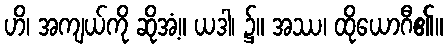
ဟိ၊ အကျယ်ကို ဆိုအံ့။ ယဒါ၊ ၌။ အဿ၊ ထိုယောဂီ၏။